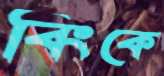
বিংকে